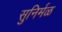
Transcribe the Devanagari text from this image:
सुनिर्मळ